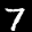
Label: 7